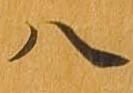
八